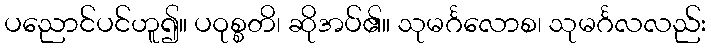
ပညောင်ပင်ဟူ၍။ ပဝုစ္စတိ၊ ဆိုအပ်၏။ သုမင်္ဂလောစ၊ သုမင်္ဂလလည်း